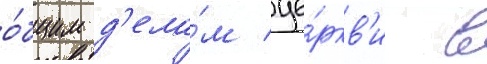
о́бщим д'ела́м це́ркв'и в